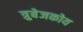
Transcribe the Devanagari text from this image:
त्रुबेजकोय